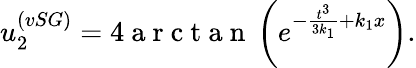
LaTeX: u_{2}^{(vSG)}=4\mathrm{~a~r~c~t~a~n~}\left(e^{-\frac{t^{3}}{3k_{1}}+k_{1}x}\right).